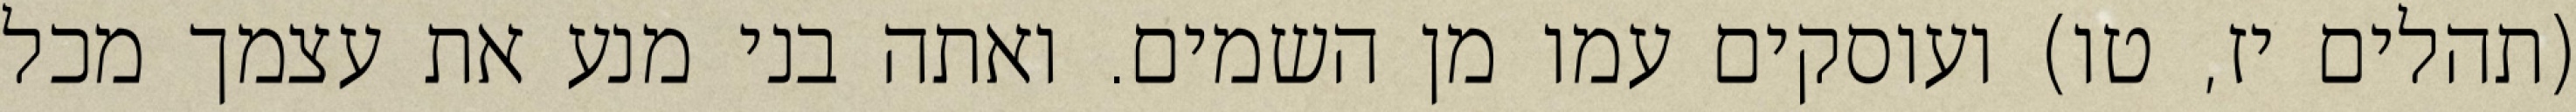
(תהלים יז, טו) ועוסקים עמו מן השמים. ואתה בני מנע את עצמך מכל